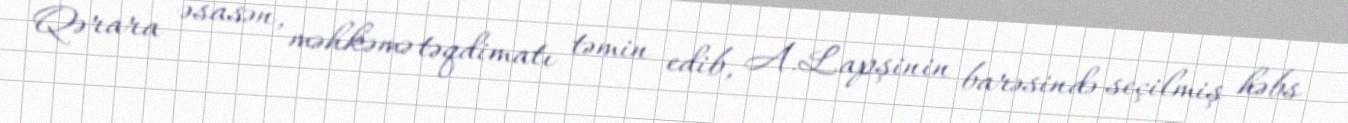
Qərara əsasən, məhkəmə təqdimatı təmin edib, A.Lapşinin barəsində seçilmiş həbs